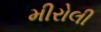
મીરોલી